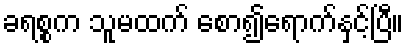
ခရစ္စက သူမထက် စော၍ရောက်နှင့်ပြီ။